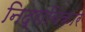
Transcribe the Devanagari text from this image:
निद्राविकार